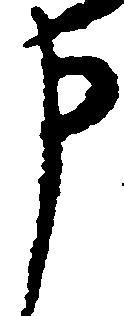
申